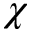
\chi